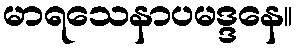
မာရသေနာပမဒ္ဒနေ။